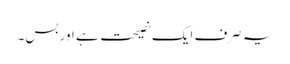
یہ صرف ایک نصیحت ہے اور بس۔